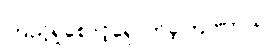
ကြည့်ရှုစောင့်ရှောက်ခဲ့ကြပါတယ်။